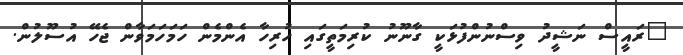
"ރައީސް ނަޝީދު ވިސްނުންފުޅަކީ ގާނޫނު ކުރިމަތީގައި ހުރިހާ އެންމެން ހަމަހަމަވާން ޖެހޭ އުސޫލުން.